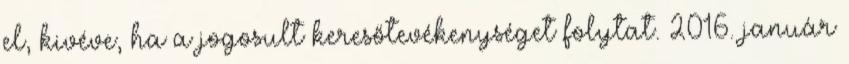
el, kivéve, ha a jogosult keresőtevékenységet folytat. 2016. január